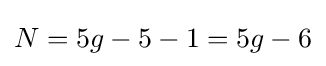
N=5g-5-1=5g-6